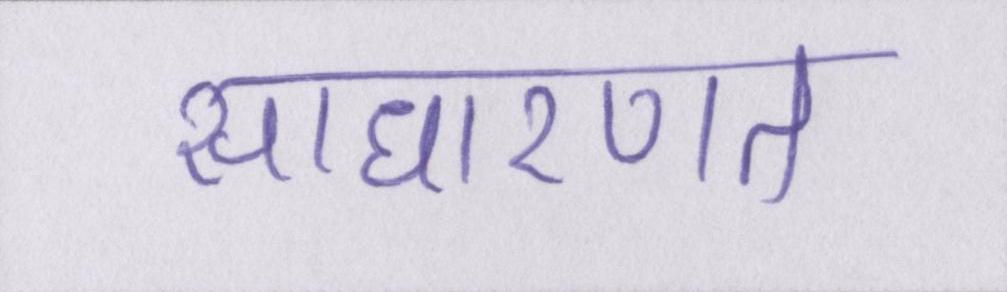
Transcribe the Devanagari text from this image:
साधारणत